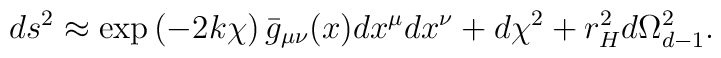
ds^2\approx \exp\left(-2k\chi\right)\bar{g}_{\mu\nu}(x)dx^\mu dx^\nu            +d\chi^2+r_H^2 d\Omega_{d-1}^2,